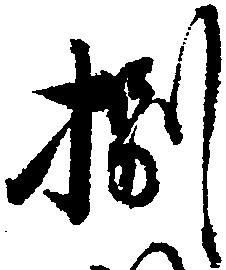
捌